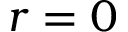
r = 0